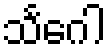
သင်္ဂေါ